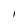
Character: l